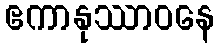
ဧကာနုဿာဝနေ